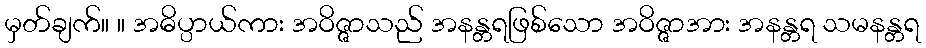
မှတ်ချက်။ ။ အဓိပ္ပာယ်ကား အဝိဇ္ဇာသည် အနန္တရဖြစ်သော အဝိဇ္ဇာအား အနန္တရ သမနန္တရ